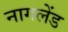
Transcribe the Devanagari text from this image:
नागलेंड